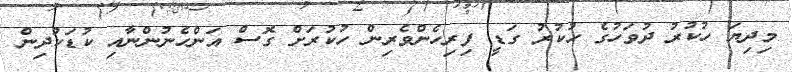
މިދިޔަ ހުކުރު ދުވަހުގެ ހުކުރު ގަޑީ ފިރިހެންވެރިން ހުކުރަށް ގޮސް އަންހެނުންނާއި ކުޑަކުދިން